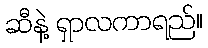
ဆီနဲ့ ရှာလကာရည်။